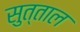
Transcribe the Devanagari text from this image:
सुत्ताल